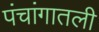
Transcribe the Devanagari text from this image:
पंचांगातली